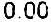
0.00